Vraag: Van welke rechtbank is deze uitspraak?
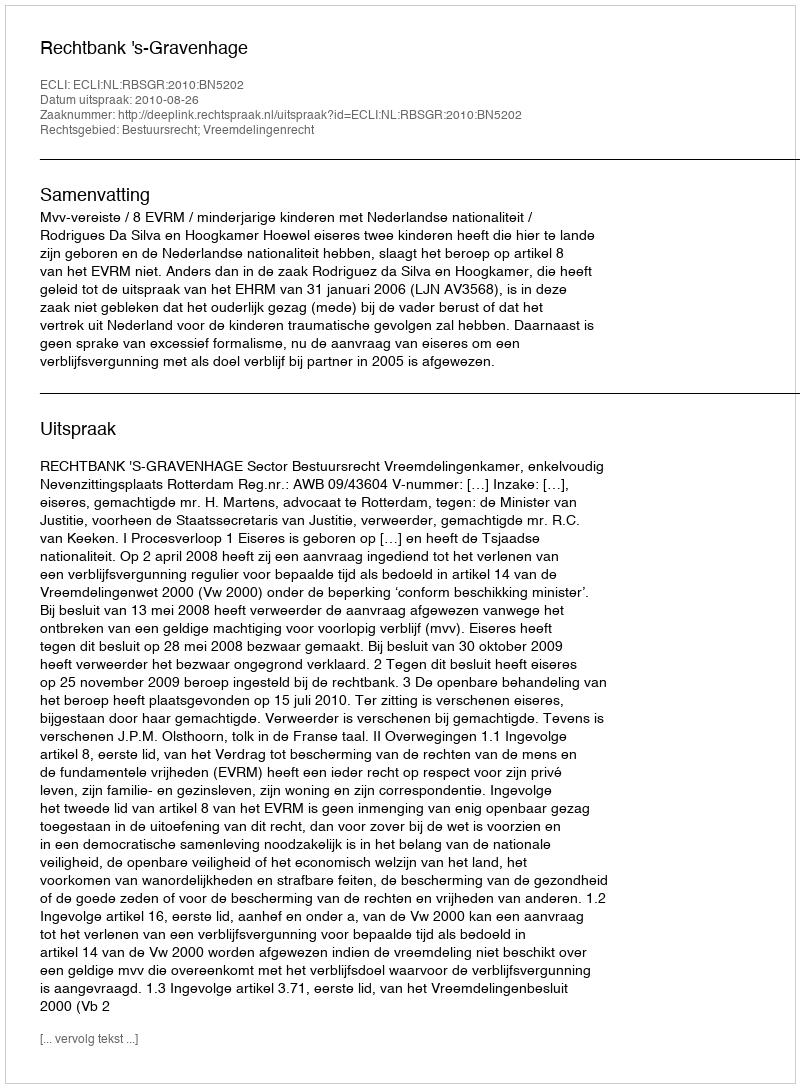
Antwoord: Rechtbank 's-Gravenhage